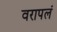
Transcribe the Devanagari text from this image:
वरापलं